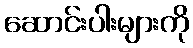
ဆောင်းပါးများကို